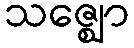
သဇ္ဈော